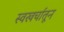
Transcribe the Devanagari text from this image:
स्वखर्चातून